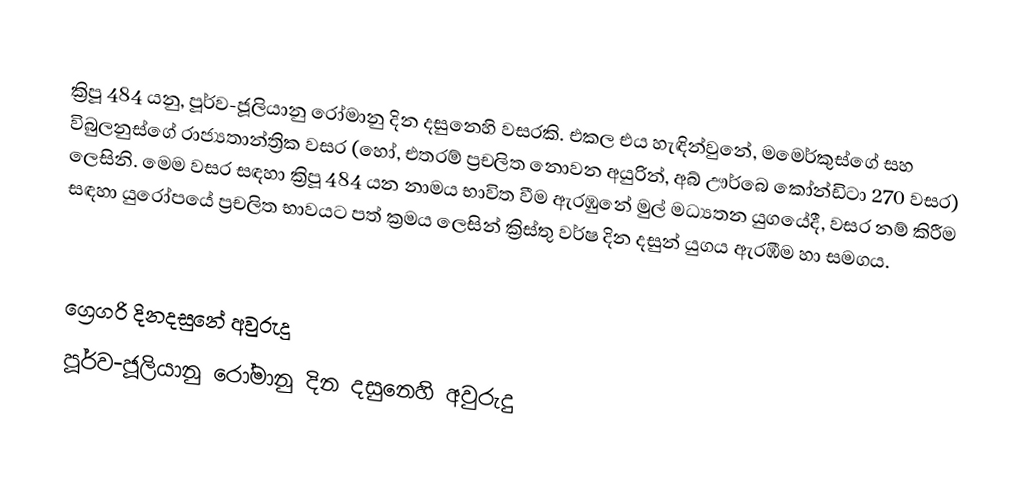

ක්‍රිපූ 484 යනු, පූර්ව-ජූලියානු රෝමානු දින දසුනෙහි වසරකි. එකල එය හැඳින්වුනේ, මමෙර්කුස්ගේ සහ විබුලනුස්ගේ රාජ්‍යතාන්ත්‍රික වසර (හෝ, එතරම් ප්‍රචලිත නොවන අයුරින්, අබ් ඌර්බෙ කෝන්ඩිටා 270 වසර) ලෙසිනි. මෙම වසර සඳහා ක්‍රිපූ 484 යන නාමය භාවිත වීම ඇරඹුනේ මුල්  මධ්‍යතන යුගයේදී, වසර නම් කිරීම සඳහා යුරෝපයේ ප්‍රචලිත භාවයට පත් ක්‍රමය ලෙසින් ක්‍රිස්තු වර්ෂ දින දසුන් යුගය ඇරඹීම හා සමගය.

ග්‍රෙගරි දිනදසුනේ අවුරුදු
පූර්ව-ජූලියානු රෝමානු දින දසුනෙහි අවුරුදු